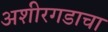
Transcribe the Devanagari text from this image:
अशीरगडाचा